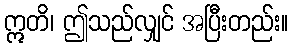
ဣတိ၊ ဤသည်လျှင် အပြီးတည်း။